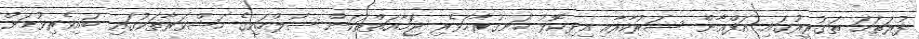
ފުރަތަމަ ތަގުރީރުގައި އަފްޣާން ސަރުކާރާއި އިދިކޮޅު ހަނގުރާމަވެރި ޖަމާއަތްތަކަށް ސުލްހައިގެ މަޝްވަރާތަކުގައި ބައިވެރިވުމަށް